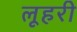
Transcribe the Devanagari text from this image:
लूहरी